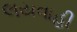
લયવાહી